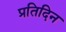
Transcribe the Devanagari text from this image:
प्रतिदिन